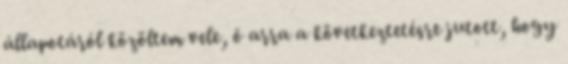
állapotáról közöltem vele, õ arra a következtetésre jutott, hogy